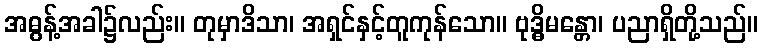
အဓွန့်အခါ၌လည်း။ တုမှာဒိသာ၊ အရှင်နှင့်တူကုန်သော။ ဗုဒ္ဓိမန္တော၊ ပညာရှိတို့သည်။